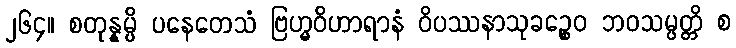
၂၆၄။ စတုန္နမ္ပိ ပနေတေသံ ဗြဟ္မဝိဟာရာနံ ဝိပဿနာသုခဉ္စေဝ ဘဝသမ္ပတ္တိ စ